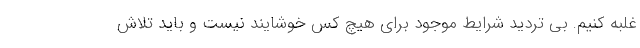
غلبه کنیم. بی تردید شرایط موجود برای هیچ کس خوشایند نیست و باید تلاش